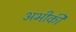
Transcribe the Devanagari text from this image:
अभीकी